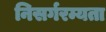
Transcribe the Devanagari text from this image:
निसर्गरम्यता